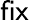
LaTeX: \textsf{fix}